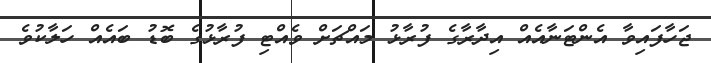
ޖަހާފައިވާ އެންޓަނާއެއް އިދާރާގެ ފުރާޅު މައްޗަށް ވެއްޓި ފުރާޅުގެ ބޮޑު ބައެއް ހަލާކުވެ